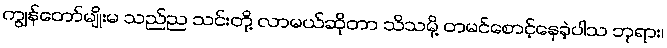
ကျွန်တော်မျိုးမ သည်ည သင်းတို့ လာမယ်ဆိုတာ သိသမို့ တမင်စောင့်နေခဲ့ပါသ ဘုရား၊